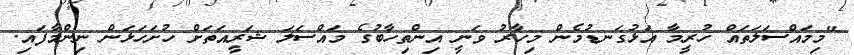
"މިމައްސަލަތައް ހުރީމާ އަޅުގަނޑުމެން މިހާރު ވަނީ އިންތިހާބުގެ މައްސަލަ ޝަރީއަތަށް ހުށަހަޅަން ނިންމާފައި.